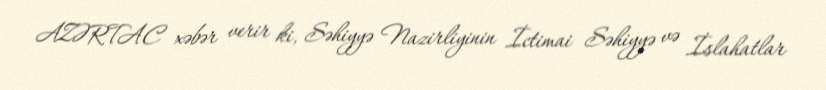
AZƏRTAC xəbər verir ki, Səhiyyə Nazirliyinin İctimai Səhiyyə və İslahatlar